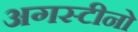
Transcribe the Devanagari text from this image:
अगस्टीनो